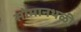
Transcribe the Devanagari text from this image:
सोमानथळी